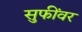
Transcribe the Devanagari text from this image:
सुफींवर